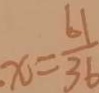
x = \frac { 6 1 } { 3 6 }